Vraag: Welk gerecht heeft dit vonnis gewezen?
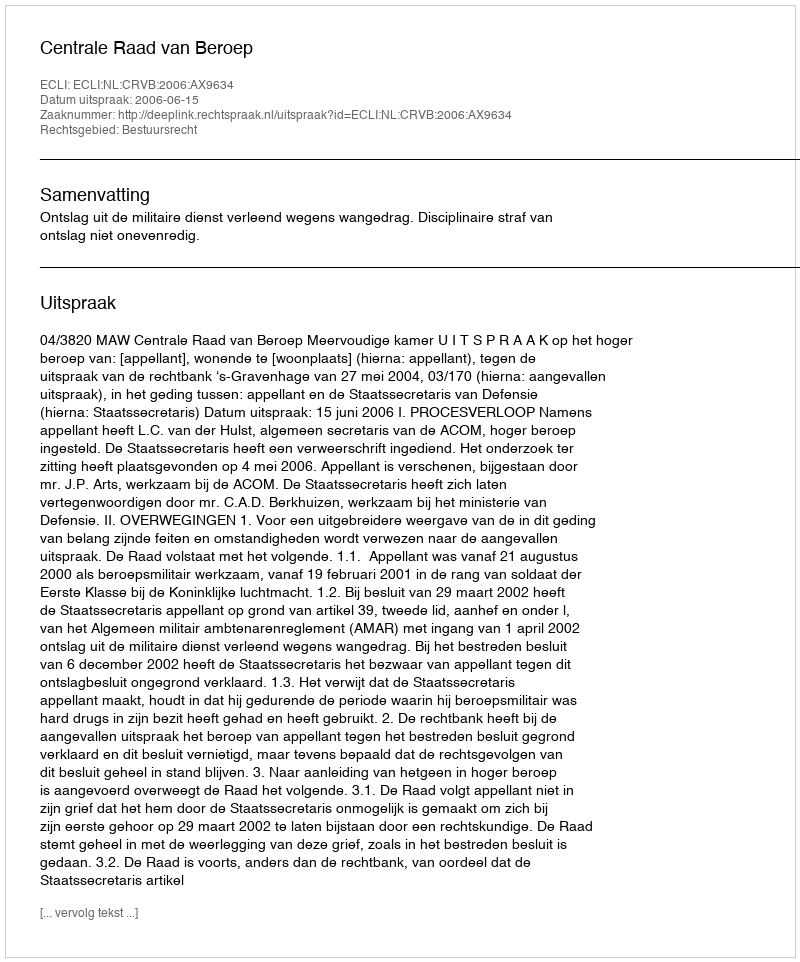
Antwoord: Centrale Raad van Beroep